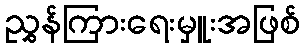
ညွှန်ကြားရေးမှူးအဖြစ်